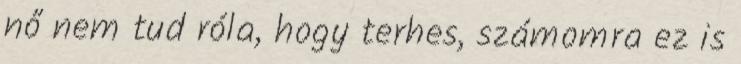
nő nem tud róla, hogy terhes, számomra ez is